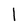
Character: l